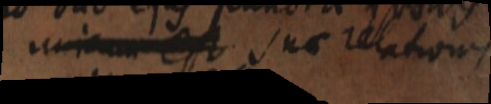
unicum est sue relationis